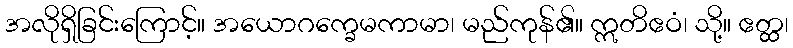
အလိုရှိခြင်းကြောင့်။ အယောဂက္ခေမကာမာ၊ မည်ကုန်၏။ ဣတိဧဝံ၊ သို့။ ဧတ္ထ၊